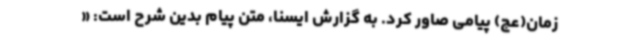
زمان(عج) پیامی صاور کرد. به گزارش ایسنا، متن پیام بدین شرح است: «